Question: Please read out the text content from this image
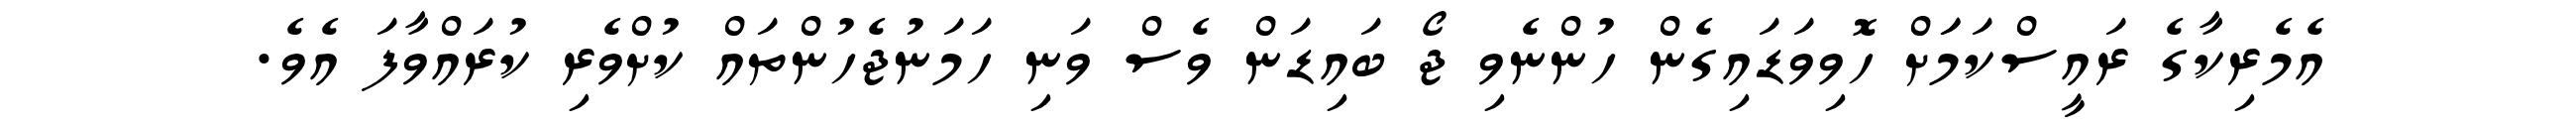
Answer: އެމެރިކާގެ ރައީސްކަމަަށް ހޮވިވަޑައިގެން ހުންނެވި ޖޯ ބައިޑަން ވެސް ވަނި ހަމަނުޖެހުންތައް ކުށްވެރި ކުރައްވާފަ އެވެ.